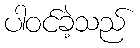
ပါဝင်ခဲ့သည်